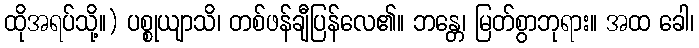
ထိုအရပ်သို့။) ပစ္စုယျာသိ၊ တစ်ဖန်ချီပြန်လေ၏။ ဘန္တေ၊ မြတ်စွာဘုရား။ အထ ခေါ၊